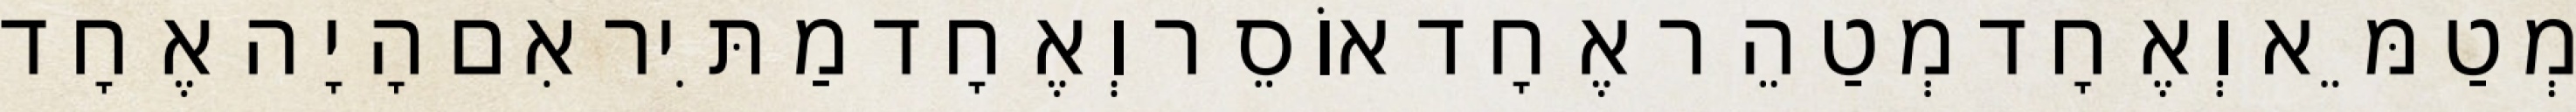
מְטַמֵּא וְאֶחָד מְטַהֵר אֶחָד אוֹסֵר וְאֶחָד מַתִּיר אִם הָיָה אֶחָד